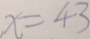
x = 4 3